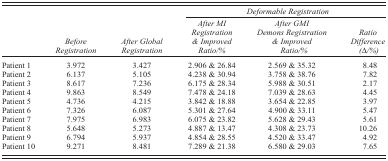
|  |  |  | <COLSPAN=3> Deformable Registration |
 |  | Before Registration | After Global Registration | After MI Registration & Improved Ratio/% | After GMI Demons Registration & Improved Ratio/% | Ratio Difference (Δ/%) |
 | --- | --- | --- | --- | --- | --- |
 | Patient 1 | 3.972 | 3.427 | 2.906 & 26.84 | 2.569 & 35.32 | 8.48 |
 | Patient 2 | 6.137 | 5.105 | 4.238 & 30.94 | 3.758 & 38.76 | 7.82 |
 | Patient 3 | 8.617 | 7.236 | 6.175 & 28.34 | 5.988 & 30.51 | 2.17 |
 | Patient 4 | 9.863 | 8.549 | 7.478 & 24.18 | 7.039 & 28.63 | 4.45 |
 | Patient 5 | 4.736 | 4.215 | 3.842 & 18.88 | 3.654 & 22.85 | 3.97 |
 | Patient 6 | 7.326 | 6.087 | 5.301 & 27.64 | 4.900 & 33.11 | 5.47 |
 | Patient 7 | 7.975 | 6.983 | 6.075 & 23.82 | 5.628 & 29.43 | 5.61 |
 | Patient 8 | 5.648 | 5.273 | 4.887 & 13.47 | 4.308 & 23.73 | 10.26 |
 | Patient 9 | 6.794 | 5.937 | 4.854 & 28.55 | 4.520 & 33.47 | 4.92 |
 | Patient 10 | 9.271 | 8.481 | 7.289 & 21.38 | 6.580 & 29.03 | 7.65 |